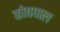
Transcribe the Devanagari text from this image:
कोषपाल